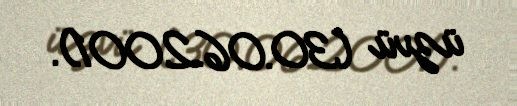
üzvü (30.06.2001).